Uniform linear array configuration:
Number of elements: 32
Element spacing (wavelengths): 0.25
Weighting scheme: hann
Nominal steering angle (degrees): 60
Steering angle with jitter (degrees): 58.146
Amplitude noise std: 0.05
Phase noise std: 0.05

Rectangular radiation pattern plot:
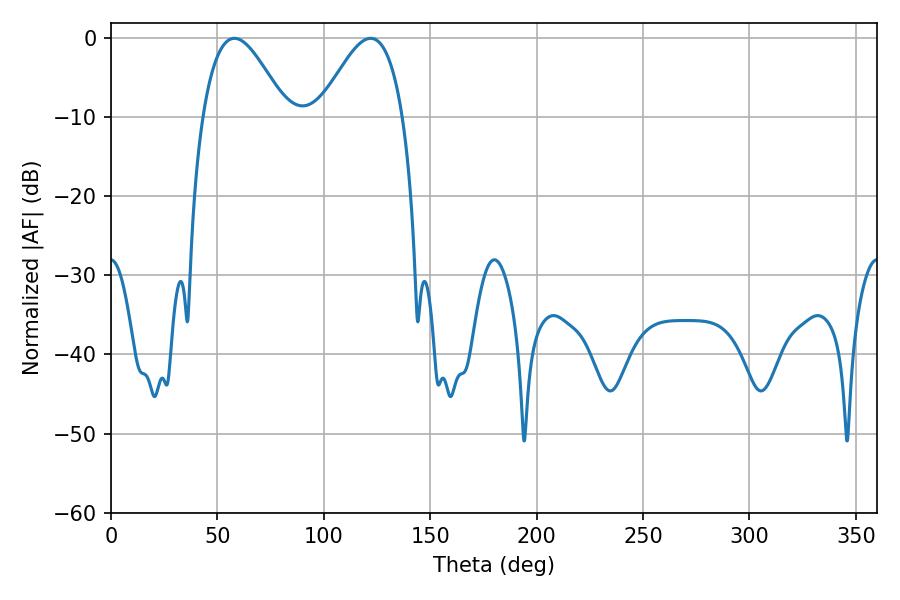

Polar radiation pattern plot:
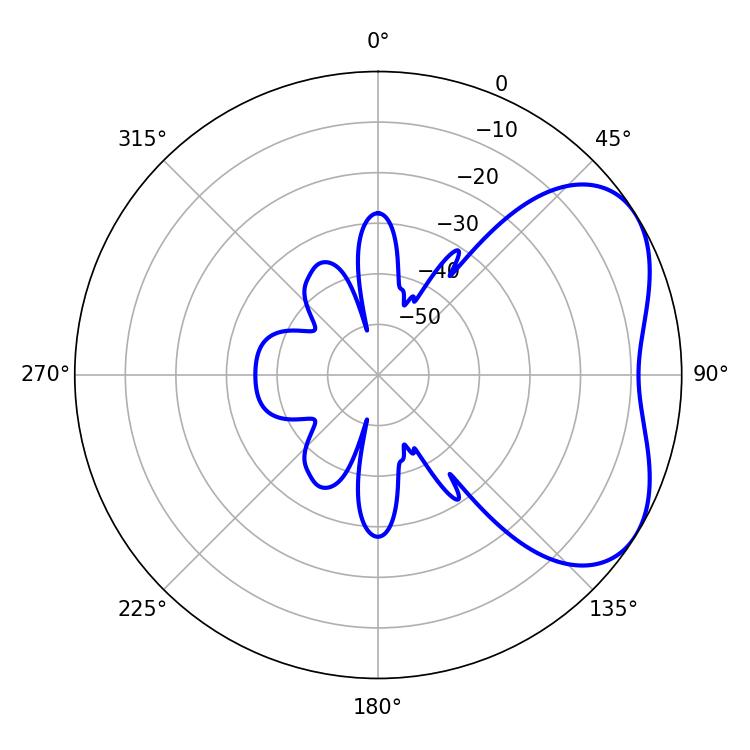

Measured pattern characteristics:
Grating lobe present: FALSE
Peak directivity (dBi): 4.427
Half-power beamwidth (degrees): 21.06
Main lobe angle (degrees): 57.96